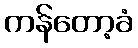
ကန်တော့ခံ